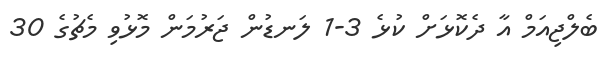
ބެލްޖިއަމް އާ ދެކޮޅަށް ކުޅެ 3-1 ލަނޑުން ޖަރުމަން މޮޅުވި މެޗުގެ 30